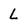
Character: L